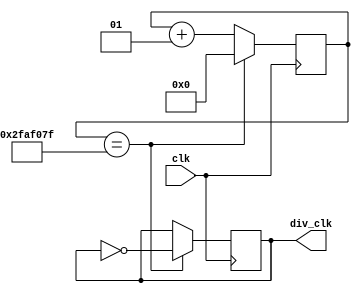
module clk_divider(
    input clk,
    output reg div_clk=0);

localparam div_val=49999999;
integer counter=0;
always @(posedge clk) begin
    
    if (counter == div_val ) 
        counter <=0;
    else
        counter <= counter+1;

end
always @(posedge clk) begin
    
    if (counter == div_val ) 
        div_clk= ~div_clk;
    else
        div_clk= div_clk;

end
endmodule // clk_divider